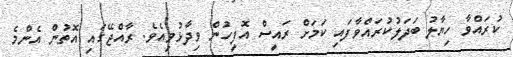
ކުރައްވާ ހިޔާލު ބަދަލުކުރައްވާފައި ކަމަށް ރައީސް އޮފީހުން ވިދާޅުވިއެވެ. ރާއްޖޭގައި އޮތުން އެންމެ